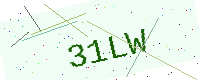
Text: 31LW